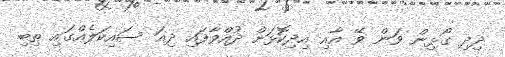
ދިދި ގޯޅިން ވަން ވޭ އާއި އިދިކޮޅަށް ދުއްވާފައި ދިއަ ސައިކަލެއްގައި ތިބި